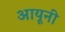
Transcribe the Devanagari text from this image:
आयूनी